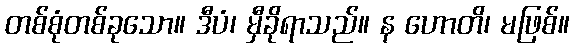
တစ်စုံတစ်ခုသော။ ဒီပံ၊ မှီခိုရာသည်။ န ဟောတိ၊ မဖြစ်။